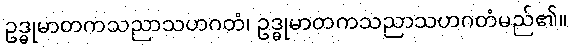
ဥဒ္ဓုမာတကသညာသဟဂတံ၊ ဥဒ္ဓုမာတကသညာသဟဂတံမည်၏။